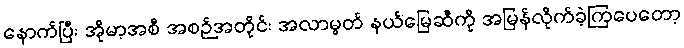
နောက်ပြီး အိုမာ့အစီ အစဉ်အတိုင်း အလာမွတ် နယ်မြေဆီကို အမြန်လိုက်ခဲ့ကြပေတော့